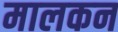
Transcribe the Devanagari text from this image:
मालकन